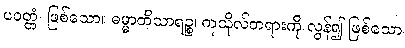
ပဝတ္တံ၊ ဖြစ်သော။ ဓမ္မာတိသာရဉ္စ၊ ကုသိုလ်တရားကို လွန်၍ ဖြစ်သော